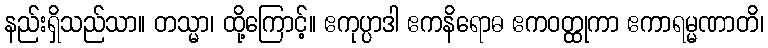
နည်းရှိသည်သာ။ တသ္မာ၊ ထို့ကြောင့်။ ဧကုပ္ပာဒါ ဧကနိရောဓ ဧကဝတ္ထုကာ ဧကာရမ္မဏာတိ၊